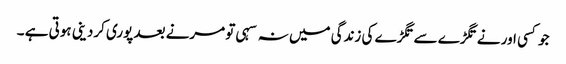
جو کسی اور نے تگڑے سے تگڑے کی زندگی میں نہ سہی تو مرنے بعد پوری کردینی ہوتی ہے ۔